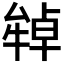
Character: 𤚷